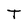
Character: T